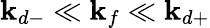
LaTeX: \mathbf{k}_{d-}\ll\mathbf{k}_{f}\ll\mathbf{k}_{d+}